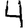
Digit: 4